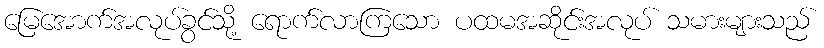
မြေအောက်အလုပ်ခွင်သို့ ရောက်လာကြသော ပထမအဆိုင်းအလုပ် သမားများသည်